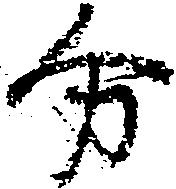
分